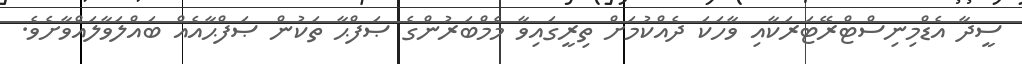
ސީދާ އެޑްމިނިސްޓްރޭޓަރަކާއި ވާހަކަ ދެއްކުމަށް ތިރީގައިވާ މެމްބަރުންގެ ޞަފްޙާ ތަކުން ޞަފްޙާއެއް ބައްލަވާލައްވާށެވެ.